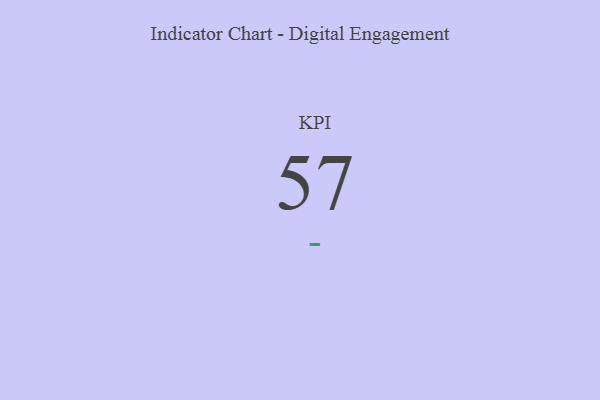
{"axis": {"x": "KPI", "y": "Value"}, "legend": [""], "data": [{"x": "KPI", "y": 57, "type": ""}]}